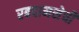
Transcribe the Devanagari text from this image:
रबदानसेची